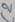
Text: C2